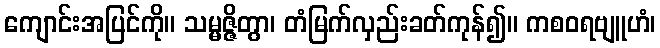
ကျောင်းအပြင်ကို။ သမ္မဇ္ဇိတွာ၊ တံမြက်လှည်းခတ်ကုန်၍။ ကစဝရဗျူဟံ၊